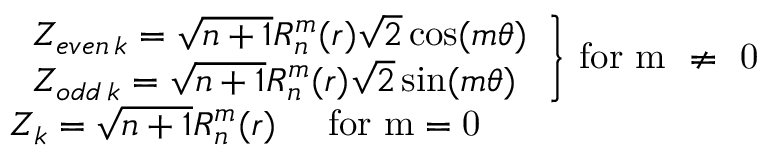
\begin{array} { l } { { \left. \begin{array} { l } { Z _ { e v e n \, k } = \sqrt { n + 1 } R _ { n } ^ { m } ( r ) \sqrt { 2 } \cos ( m \theta ) } \\ { Z _ { o d d \, k } = \sqrt { n + 1 } R _ { n } ^ { m } ( r ) \sqrt { 2 } \sin ( m \theta ) } \end{array} \right\} \, \mathrm { f o r ~ m ~ \ne ~ 0 } } } \\ { Z _ { k } = \sqrt { n + 1 } R _ { n } ^ { m } ( r ) \, \mathrm { \; ~ \; ~ f o r ~ m = 0 } } \end{array}